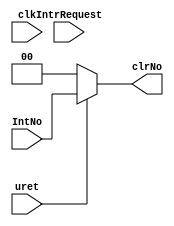
`timescale 1ns / 1ps
//////////////////////////////////////////////////////////////////////////////////
// Company: 
// Engineer: 
// 
// Design Name: 
// Module Name: clr_generator
// Project Name: 
// Target Devices: 
// Tool Versions: 
// Description: 
// 
// Dependencies: 
// 
// Revision:
// Revision 0.01 - File Created
// Additional Comments:
// 
//////////////////////////////////////////////////////////////////////////////////


module clr_generator(IntNo,clk,uret,IntrRequest,clrNo);
    input [1:0] IntNo;
    input clk,uret;
    input IntrRequest;
    output [1:0] clrNo;
    
//    // 
//    wire [1:0] IntNoOut;
//    register #(2) register_IntNo(.clk(clk),.rst(rst),.en(IntrRequest),.in(IntNo),.out(IntNoOut));
//    assign clrNo = (uret == 1) ? IntNoOut: 0;
    // 
    assign clrNo = (uret == 1) ? IntNo: 0;
    
endmodule